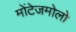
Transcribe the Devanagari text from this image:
मोंटेजमोलो